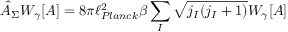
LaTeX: { \hat { A } } _ { \Sigma } W _ { \gamma } [ A ] = 8 \pi \ell _ { P l a n c k } ^ { 2 } \beta \sum _ { I } { \sqrt { j _ { I } ( j _ { I } + 1 ) } } W _ { \gamma } [ A ]